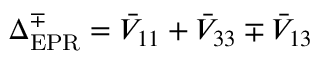
\Delta _ { \mathrm { E P R } } ^ { \mp } = \bar { V } _ { 1 1 } + \bar { V } _ { 3 3 } \mp \bar { V } _ { 1 3 }